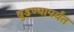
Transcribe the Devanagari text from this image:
बुडण्यापर्यंत